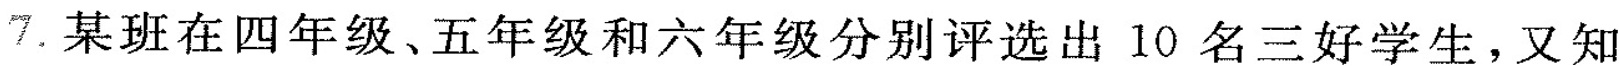
7.某班在四年级、五年级和六年级分别评选出10名三好学生，又知